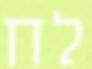
לח